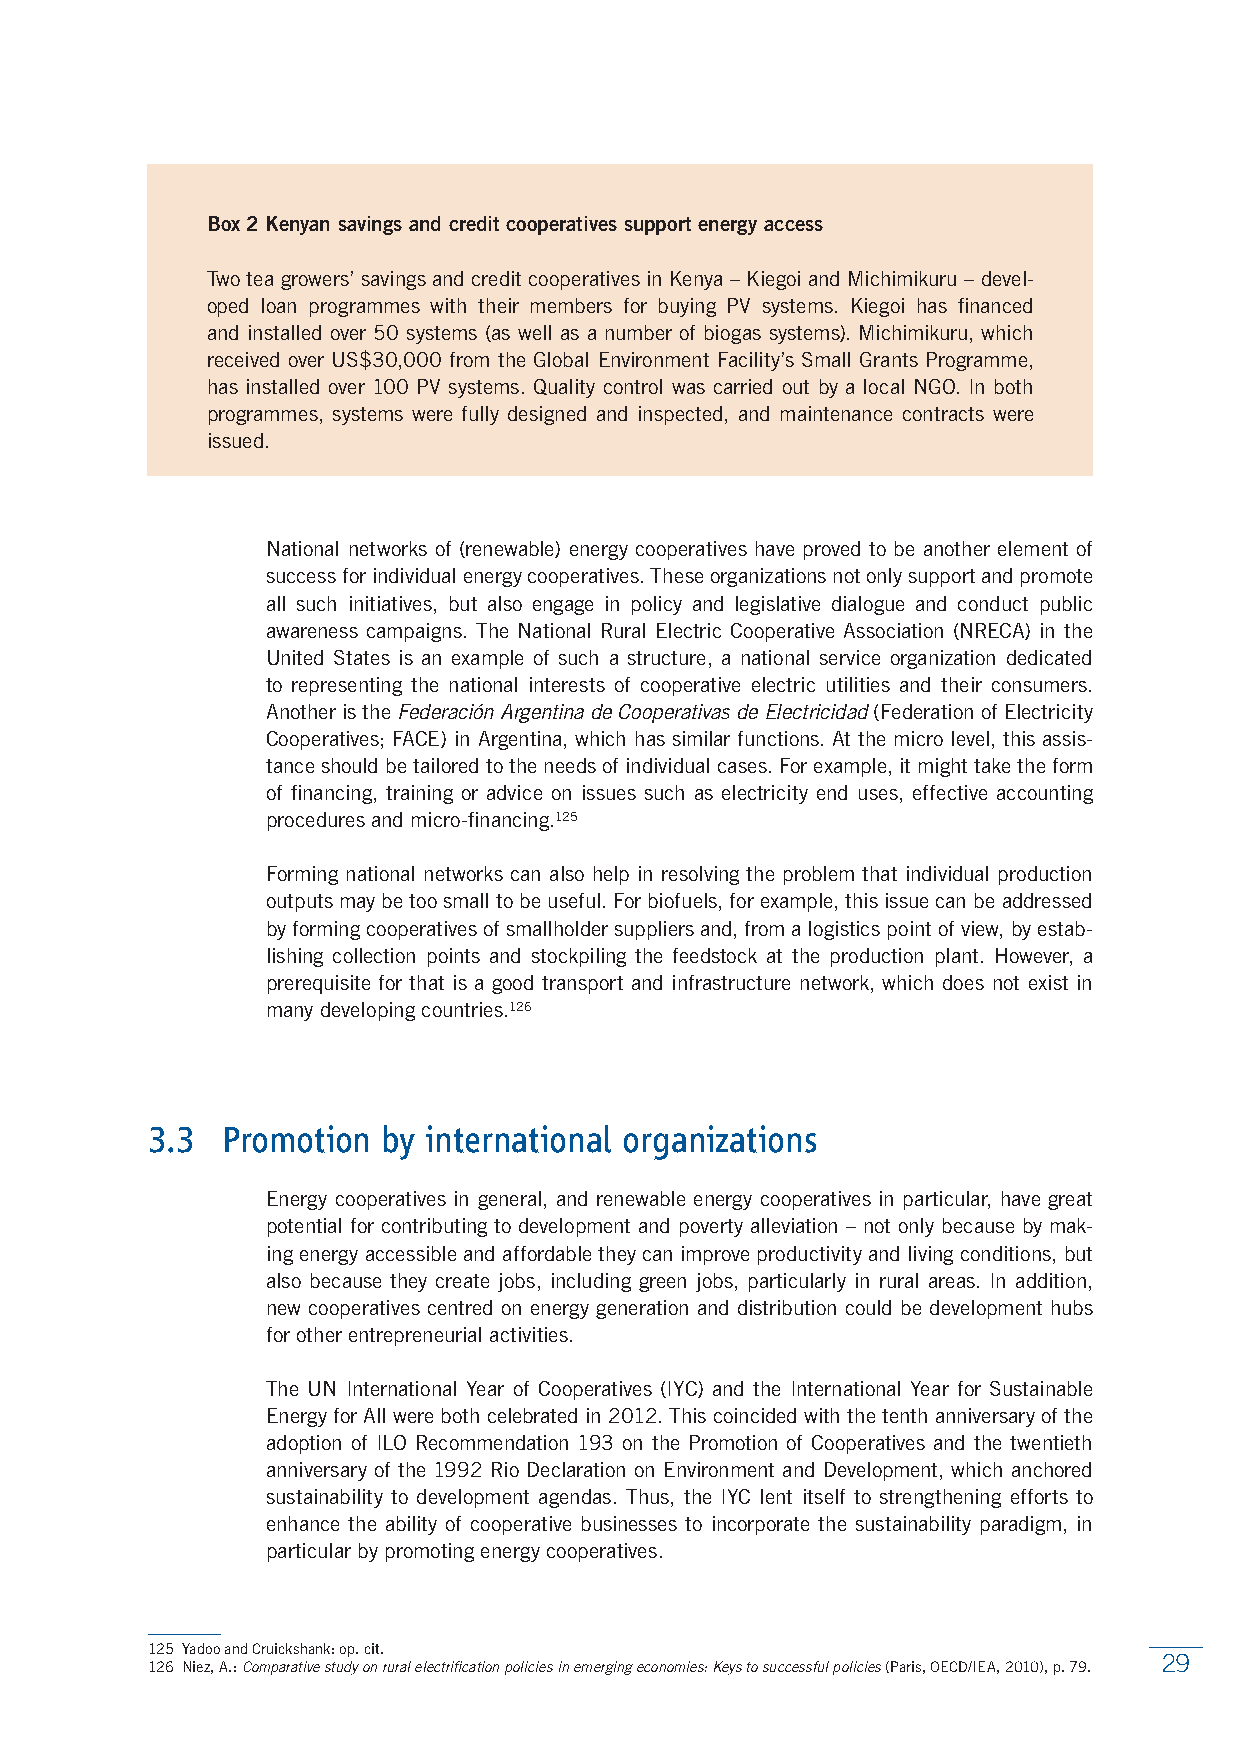
Box 2 Kenyan savings and credit cooperatives support energy access
 Two tea growers’ savings and credit cooperatives in Kenya – Kiegoi and Michimikuru – devel-
 oped loan programmes with their members for buying PV systems. Kiegoi has financed
 and installed over 50 systems (as well as a number of biogas systems). Michimikuru, which
 received over US$30,000 from the Global Environment Facility’s Small Grants Programme,
 has installed over 100 PV systems. Quality control was carried out by a local NGO. In both
 programmes, systems were fully designed and inspected, and maintenance contracts were
 issued.
 National networks of (renewable) energy cooperatives have proved to be another element of
 success for individual energy cooperatives. These organizations not only support and promote
 all such initiatives, but also engage in policy and legislative dialogue and conduct public
 awareness campaigns. The National Rural Electric Cooperative Association (NRECA) in the
 United States is an example of such a structure, a national service organization dedicated
 to representing the national interests of cooperative electric utilities and their consumers.
 Another is the Federación Argentina de Cooperativas de Electricidad (Federation of Electricity
 Cooperatives; FACE) in Argentina, which has similar functions. At the micro level, this assis-
 tance should be tailored to the needs of individual cases. For example, it might take the form
 of financing, training or advice on issues such as electricity end uses, effective accounting
 procedures and micro-financing.125
 Forming national networks can also help in resolving the problem that individual production
 outputs may be too small to be useful. For biofuels, for example, this issue can be addressed
 by forming cooperatives of smallholder suppliers and, from a logistics point of view, by estab-
 lishing collection points and stockpiling the feedstock at the production plant. However, a
 prerequisite for that is a good transport and infrastructure network, which does not exist in
 many developing countries.126
 3.3  Promotion by international organizations
 Energy cooperatives in general, and renewable energy cooperatives in particular, have great
 potential for contributing to development and poverty alleviation – not only because by mak-
 ing energy accessible and affordable they can improve productivity and living conditions, but
 also because they create jobs, including green jobs, particularly in rural areas. In addition,
 new cooperatives centred on energy generation and distribution could be development hubs
 for other entrepreneurial activities.
 The UN International Year of Cooperatives (IYC) and the International Year for Sustainable
 Energy for All were both celebrated in 2012. This coincided with the tenth anniversary of the
 adoption of ILO Recommendation 193 on the Promotion of Cooperatives and the twentieth
 anniversary of the 1992 Rio Declaration on Environment and Development, which anchored
 sustainability to development agendas. Thus, the IYC lent itself to strengthening efforts to
 enhance the ability of cooperative businesses to incorporate the sustainability paradigm, in
 particular by promoting energy cooperatives.
 125 Yadoo and Cruickshank: op. cit.
 29
 126 Niez, A.: Comparative study on rural electrification policies in emerging economies: Keys to successful policies (Paris, OECD/IEA, 2010), p. 79.